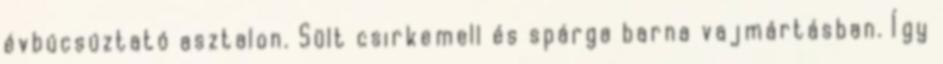
évbúcsúztató asztalon. Sült csirkemell és spárga barna vajmártásban. Így